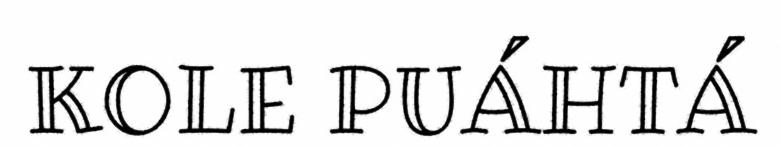
KOLE PUÁHTÁ